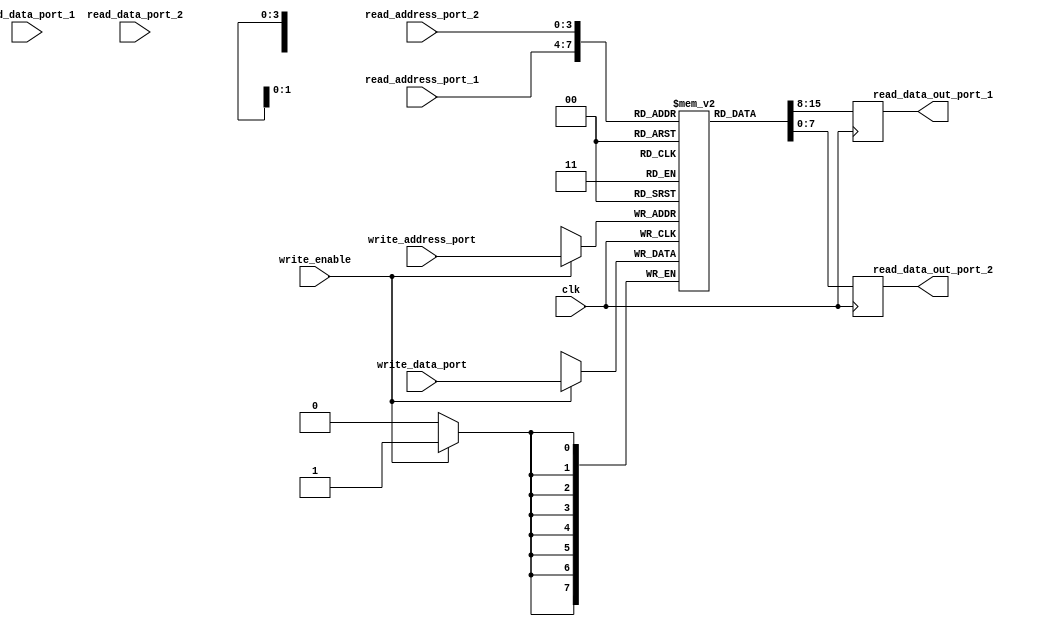
module register_file (
  input wire clk,
  input wire [7:0] read_data_port_1,
  input wire [7:0] read_data_port_2,
  input wire [7:0] write_data_port,
  input wire [3:0] read_address_port_1,
  input wire [3:0] read_address_port_2,
  input wire [3:0] write_address_port,
  input wire write_enable,
  output reg [7:0] read_data_out_port_1,
  output reg [7:0] read_data_out_port_2
);

reg [7:0] registers [15:0];

always @ (posedge clk) begin
  if (write_enable) begin
    registers[write_address_port] <= write_data_port;
  end
  read_data_out_port_1 <= registers[read_address_port_1];
  read_data_out_port_2 <= registers[read_address_port_2];
end
endmodule